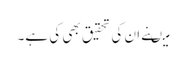
میںنے ان کی تحقیق بھی کی ہے۔